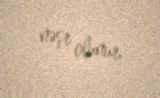
nəşr olunur.